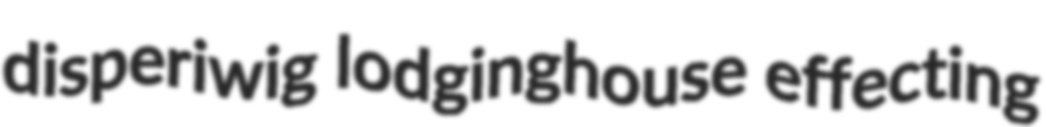
disperiwig lodginghouse effecting